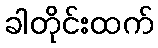
ခါတိုင်းထက်